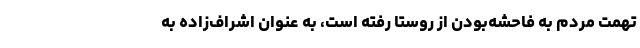
تهمت مردم به فاحشه‌بودن از روستا رفته است، به عنوان اشراف‌زاده به